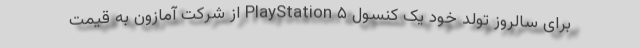
برای سالروز تولد خود یک کنسول PlayStation ۵ از شرکت آمازون به قیمت